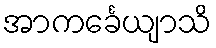
အာကင်္ခေယျာသိ